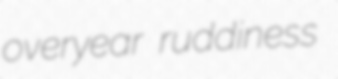
overyear ruddiness